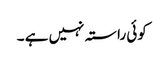
کوئی راستہ نہیں ہے ۔